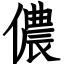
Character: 儂